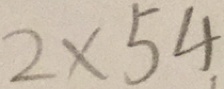
2 \times 5 4